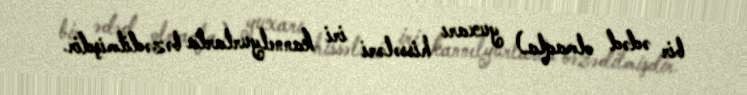
bir ədəd olmaqla) yuxarı hissələri iri kannelyurlarla bəzədilmişdir.